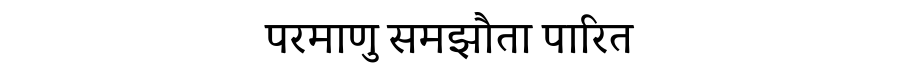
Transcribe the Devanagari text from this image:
परमाणु समझौता पारित